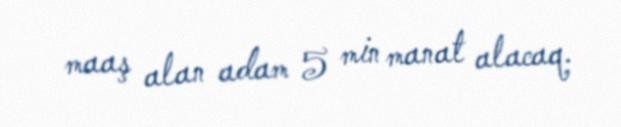
maaş alan adam 5 min manat alacaq.